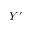
Y ^ { \prime }